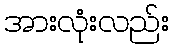
အားလုံးလည်း